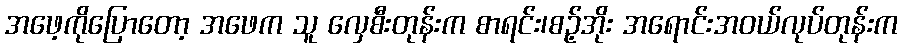
အဖေ့ကိုပြောတော့ အဖေက သူ လှေစီးတုန်းက စာရင်း၊စဉ့်အိုး အရောင်းအဝယ်လုပ်တုန်းက